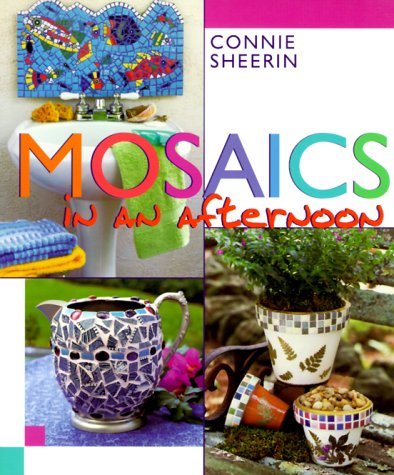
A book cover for Mosaics in an afternoonÂ®; Connie Sheerin; Arts & Photography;